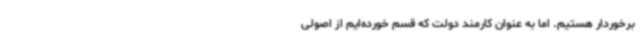
برخوردار هستیم. اما به عنوان کارمند دولت که قسم خورده‌ایم از اصولی